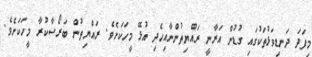
މިފަދަ ދަނޑިވަޅުތަކުގައި ގުޑުން އަރާނީ ރައްޔިތުންނާއިހެދި އުޅޭ މީހަކަށެވެ. ރައްޔިތުން ބަރޯސާކުރާ މީހަކަށެވެ.